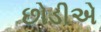
છોડીએ